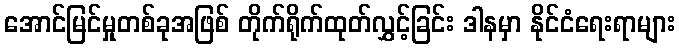
အောင်မြင်မှုတစ်ခုအဖြစ် တိုက်ရိုက်ထုတ်လွှင့်ခြင်း ဒါနမှာ နိုင်ငံရေးရာများ